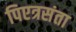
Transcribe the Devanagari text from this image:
पिएत्रसंता